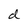
Character: d